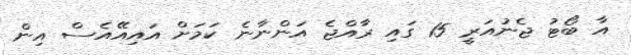
އާ ބޯޓު ޖެނުއަރީ 15 ގައި ރާއްޖެ އަންނާނެ ކަމަށް އައިއޭއެސް އިން